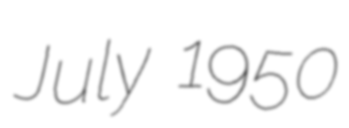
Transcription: July 1950